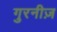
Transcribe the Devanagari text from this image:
गुरनीज़